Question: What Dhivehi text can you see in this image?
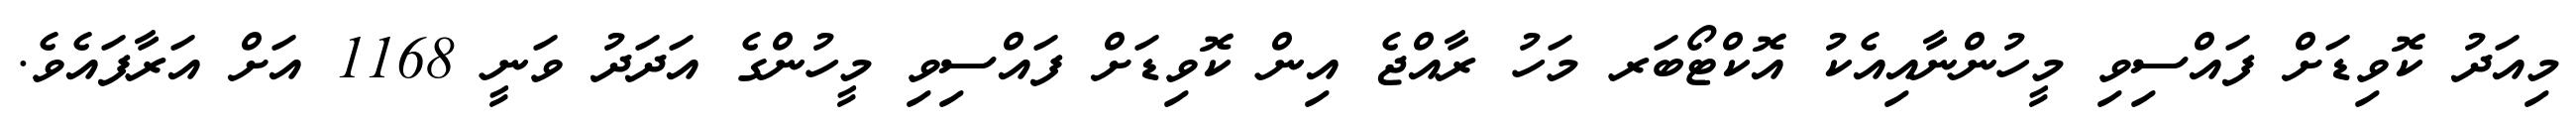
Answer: މިއަދު ކޮވިޑަށް ފައްސިވި މީހުންނާއިއެކު އޮކްޓޯބަރ މަހު ރާއްޖެ އިން ކޮވިޑަށް ފައްސިވި މީހުންގެ އަދަދު ވަނީ 1168 އަށް އަރާފައެވެ.